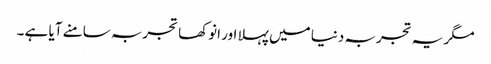
مگر یہ تجربہ دنیا میں پہلا اور انوکھا تجربہ سامنے آیا ہے ۔